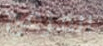
المزعج